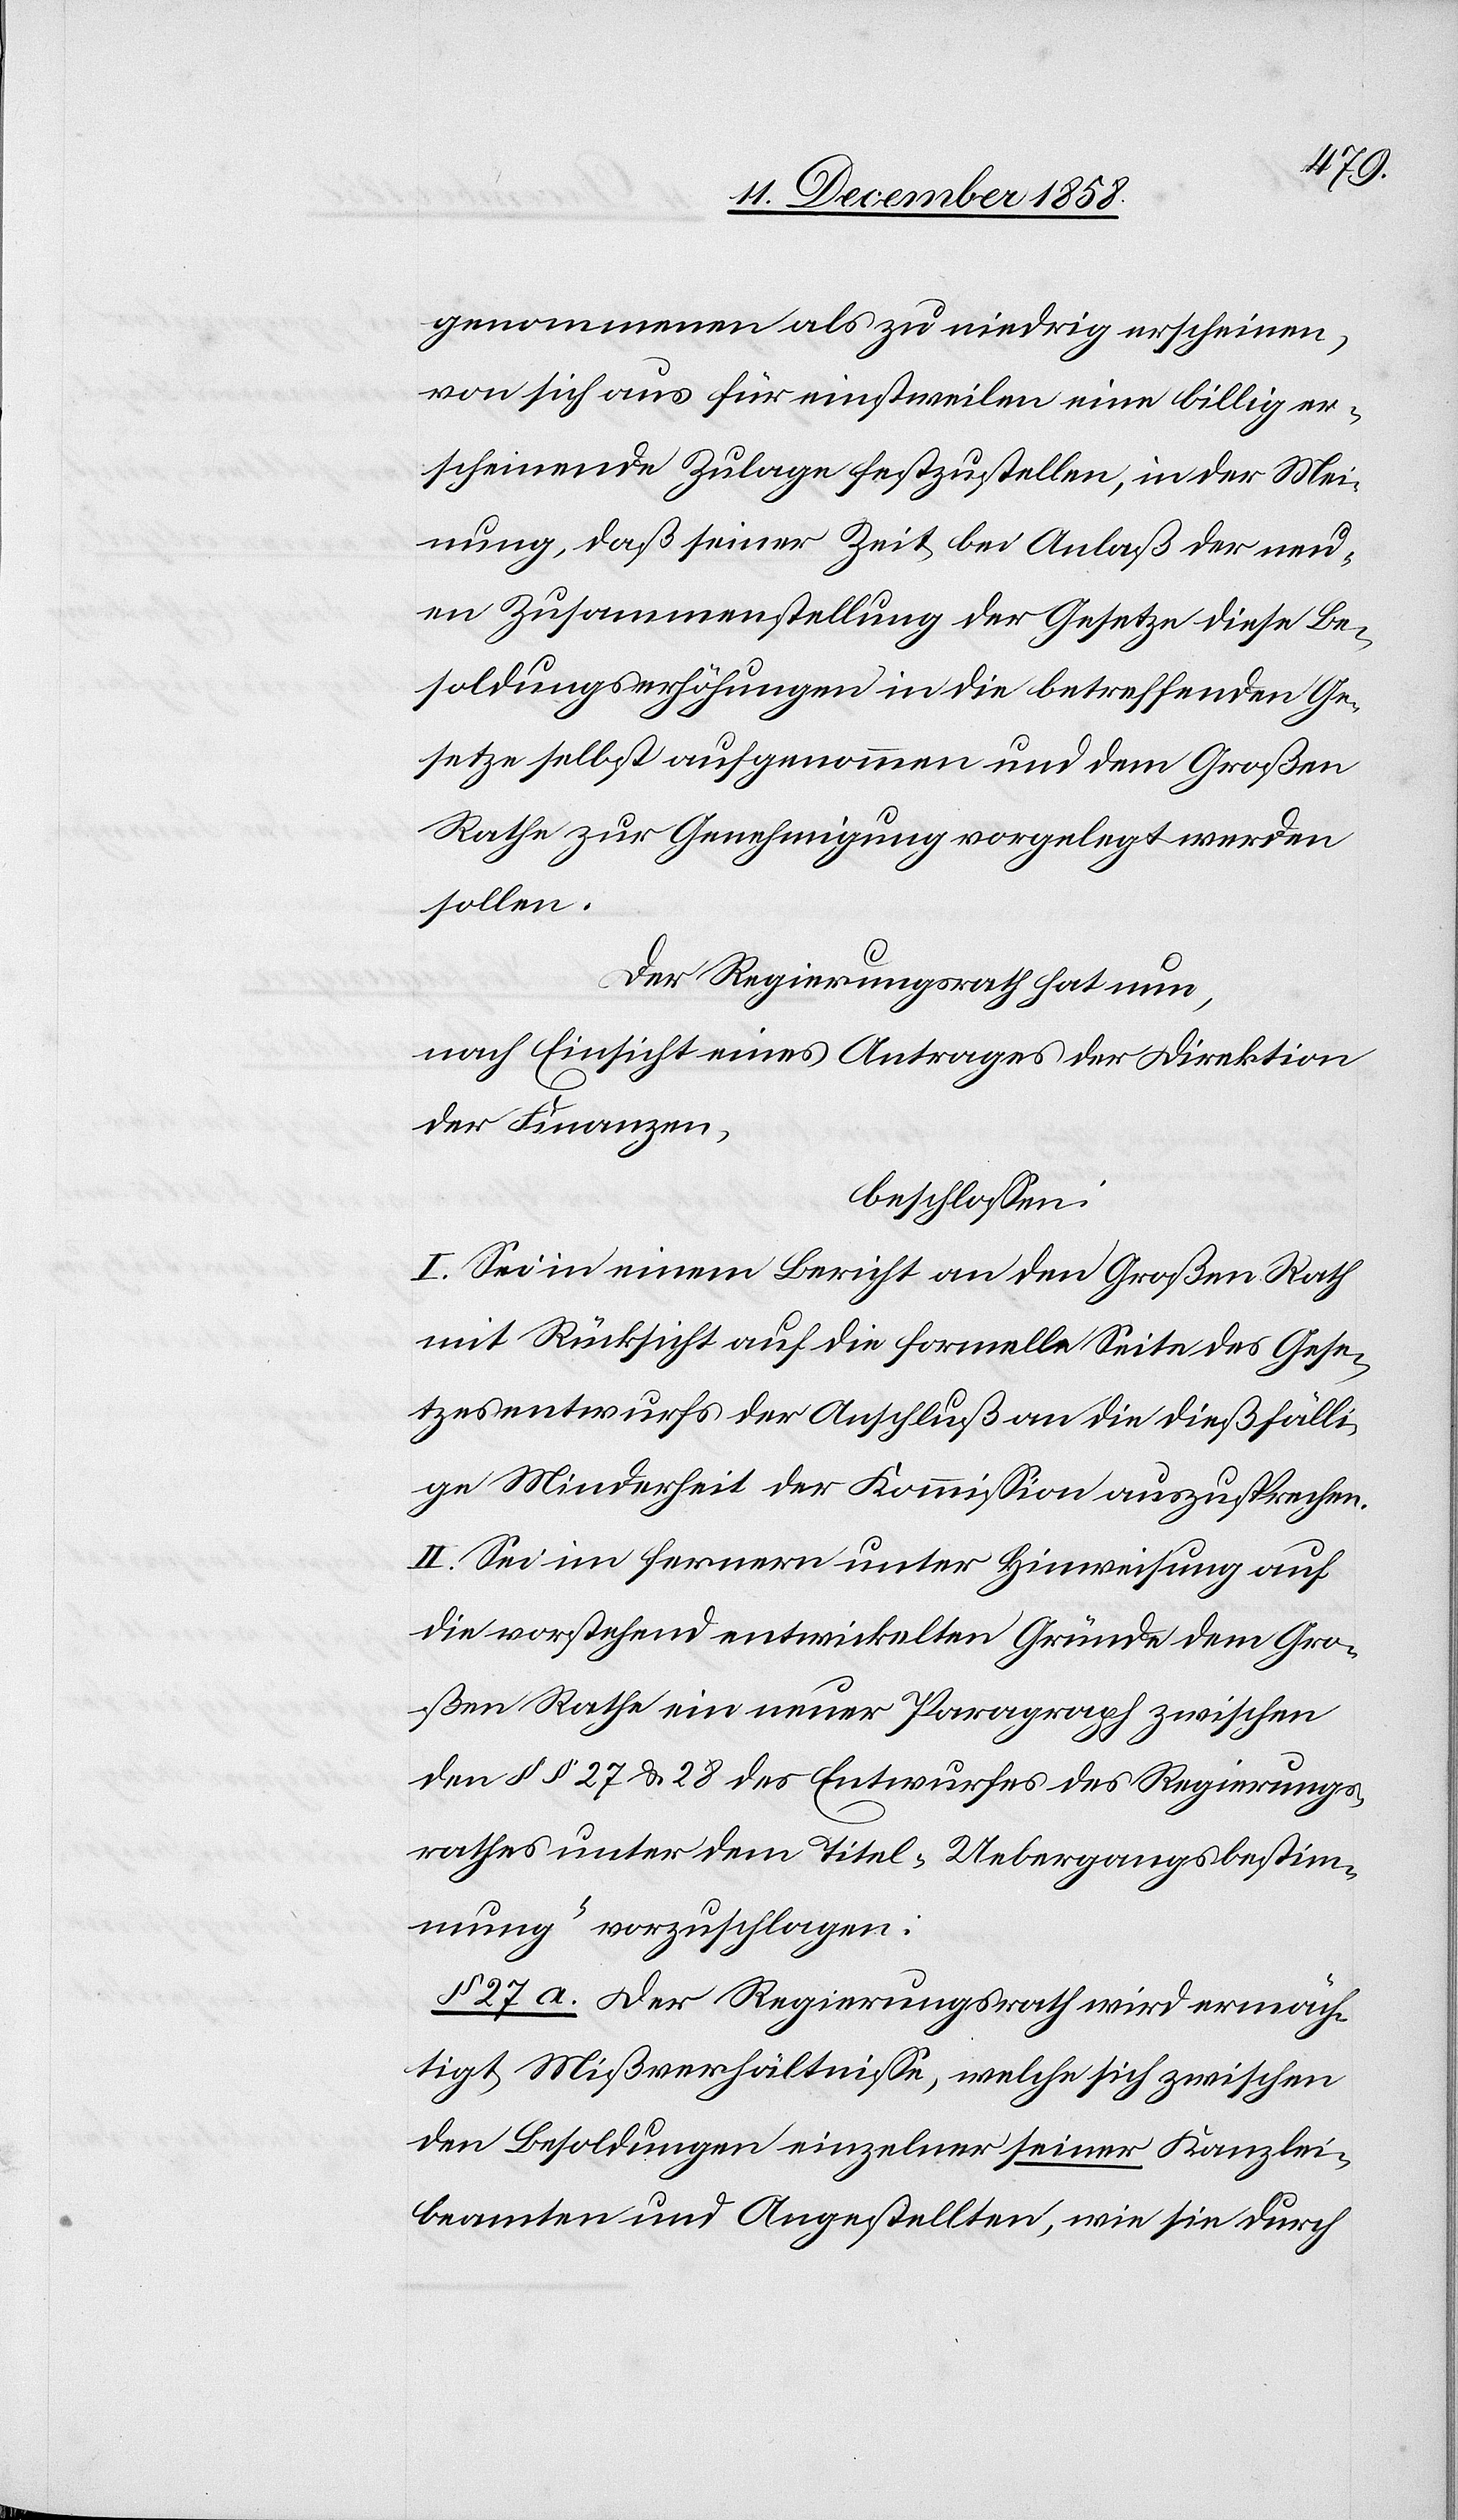
genommenen als zu niedrig erscheinen,
von sich aus für einstweilen eine billig er¬
scheinende Zulage festzustellen, in der Mei¬
nung, daß seiner Zeit bei Anlaß der neu¬
en Zusammenstellung der Gesetze diese Be¬
soldungserhöhungen in die betreffenden Ge¬
setze selbst aufgenommen und dem Großen
Rathe zur Genehmigung vorgelegt werden
sollen.
Der Regierungrath hat nun,
nach Einsicht eines Antrages der Direktion
der Finanzen,
beschlossen:
I. Sei in einem Bericht an den Großen Rath
mit Rücksicht auf die formelle Seite des Gese¬
tzesentwurfs der Anschluß an die dießfälli¬
ge Minderheit der Kommission auszusprechen.
II. Sei im fernern unter Hinweisung auf
die vorstehend entwickelten Gründe dem Gro¬
ßen Rathe ein neuer Paragraph zwischen
den §§ 27 & 28 des Entwurfes des Regierungs¬
rathes unter dem Titel „Uebergangsbestim¬
mung“ vorzuschlagen:
§ 27 a. Der Regierungsrath wird ermäch¬
tigt Mißverhältnisse, welche sich zwischen
den Besoldungen einzelner seiner Kanzlei¬
beamten und Angestellten, wie sie durch